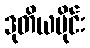
ဒုတိယပိုင်း